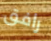
رافق